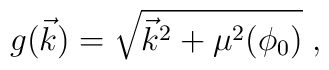
g(\vec{k})=\sqrt{{\vec{k}}^2+\mu^2(\phi_0)} \; ,